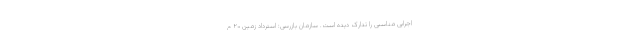
اجرایی مناسبی را تدارک دیده است. سازمان بازرسی: استرداد زمین ۲۰ م